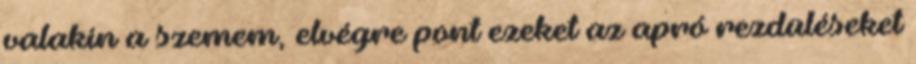
valakin a szemem, elvégre pont ezeket az apró rezdüléseket